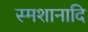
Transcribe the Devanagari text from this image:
स्मशानादि